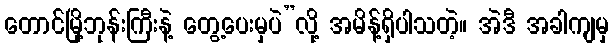
တောင်မြို့ဘုန်းကြီးနဲ့ တွေ့ပေးမှပဲ”လို့ အမိန့်ရှိပါသတဲ့။ အဲဒီ အခါကျမှ